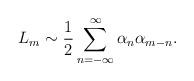
LaTeX: \begin{align*}L_m \sim \frac{1}{2} \sum_{n=-\infty}^\infty \alpha_n \alpha_{m-n}.\end{align*}